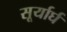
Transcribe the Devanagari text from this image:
सूर्यार्घ